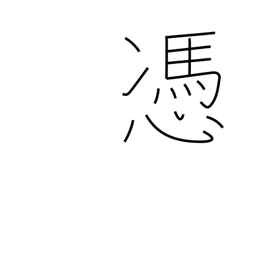
Meaning: haunt